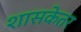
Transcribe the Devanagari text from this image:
शासकेतर